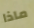
ماذا